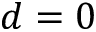
d = 0